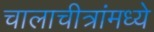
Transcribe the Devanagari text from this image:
चालाचीत्रांमध्ये